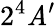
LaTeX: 2^{4}\mathit{A}^{\prime}